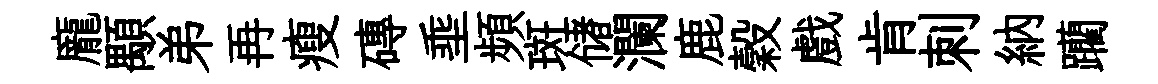
龐顒弟再瘦磚埀頻斑储瀾鹿穀戲肯刺納躪